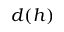
d ( h )